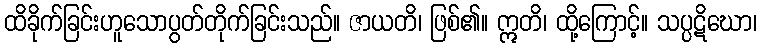
ထိခိုက်ခြင်းဟူသောပွတ်တိုက်ခြင်းသည်။ ဇာယတိ၊ ဖြစ်၏။ ဣတိ၊ ထို့ကြောင့်။ သပ္ပဋိဃော၊